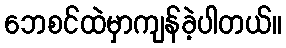
ဘေစင်ထဲမှာကျန်ခဲ့ပါတယ်။